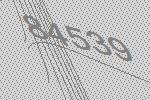
84539